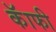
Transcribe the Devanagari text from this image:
कॅाफी